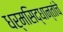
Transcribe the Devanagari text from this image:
धर्मसिद्धान्तांचे